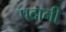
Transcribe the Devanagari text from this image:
पदानी